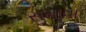
સમાવા